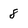
Character: 8